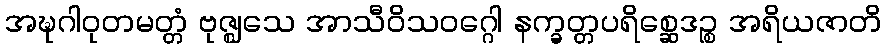
အဍ္ဎဂါဝုတမတ္တံ ဗုဇ္ဈသေ အာသီဝိသဝဂ္ဂေါ နက္ခတ္တပရိစ္ဆေဒဉ္စ အရိယဇာတိ